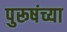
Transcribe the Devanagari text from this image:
पुरूषंच्या